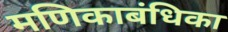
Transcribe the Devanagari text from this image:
मणिकाबंधिका